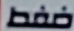
ضغط